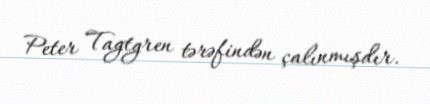
Peter Tagtgren tərəfindən çalınmışdır.